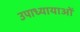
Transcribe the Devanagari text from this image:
उपाध्यायाओं